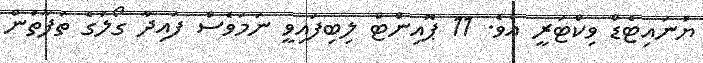
ޔުނައިޓެޑް ވިކްޓަރީ އެވެ. 11 ޕޮއިންޓް ލިބިފައިވީ ނަމަވެސް ފައިދާ ގޯލުގެ ތަފާތުން